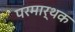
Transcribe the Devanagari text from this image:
परमार्थक